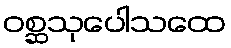
ဝစ္ဆသုပေါသထေ